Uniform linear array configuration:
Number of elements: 16
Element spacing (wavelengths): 0.5
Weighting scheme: hamming
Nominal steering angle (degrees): -45
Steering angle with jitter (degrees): -45.239
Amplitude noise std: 0.05
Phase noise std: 0.05

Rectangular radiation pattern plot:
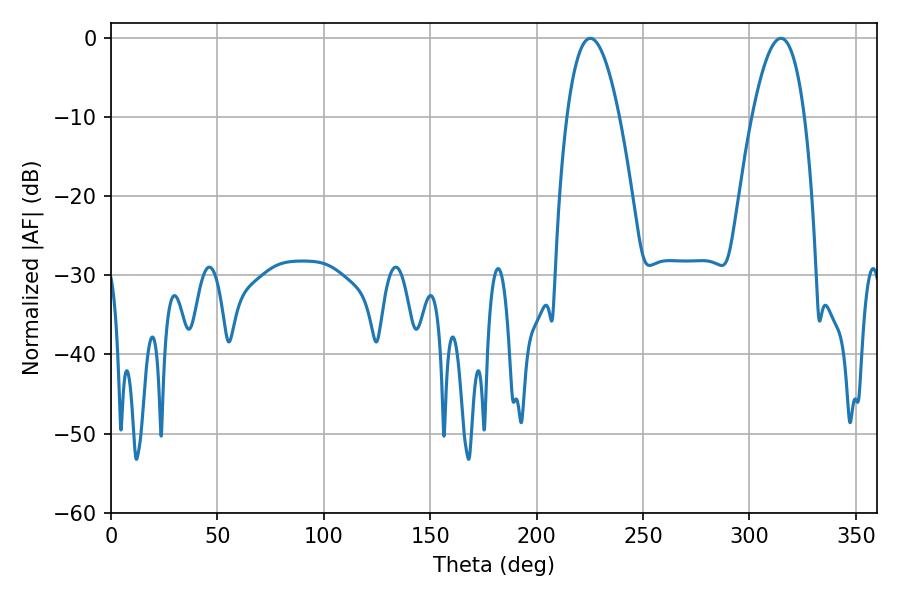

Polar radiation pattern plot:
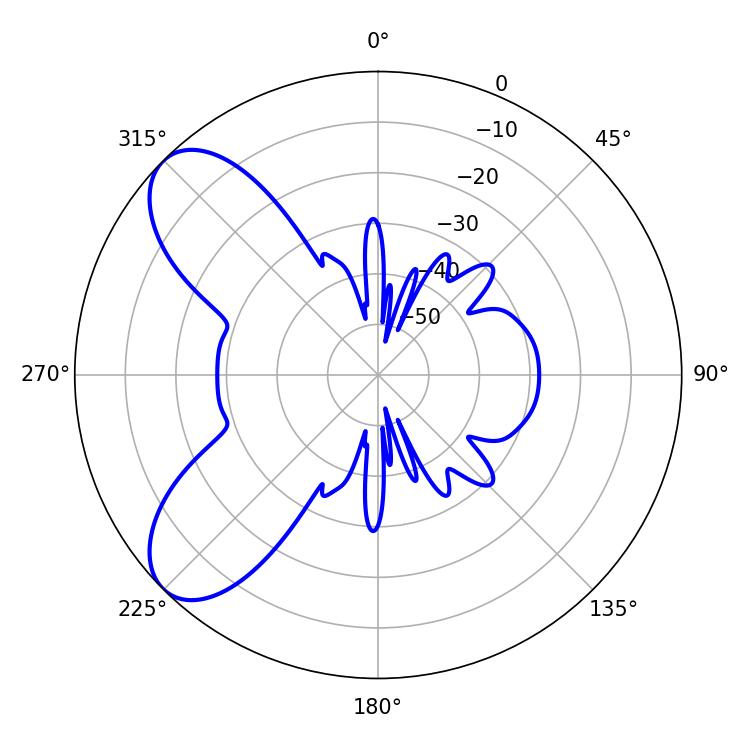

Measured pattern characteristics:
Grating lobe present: FALSE
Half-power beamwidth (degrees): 13.5
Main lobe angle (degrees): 225.18